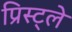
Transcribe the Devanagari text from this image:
प्रिस्ट्ले